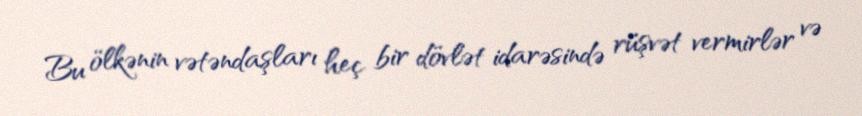
Bu ölkənin vətəndaşları heç bir dövlət idarəsində rüşvət vermirlər və